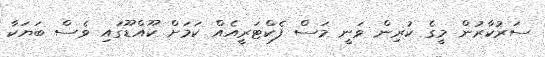
ސަރުކާރުން މީގެ ކުރިން ވަނީ މަސް ފެކްޓަރީއެއް ކަމަށް ކޫއްޑޫގައި ވެސް ބަޔަކާ